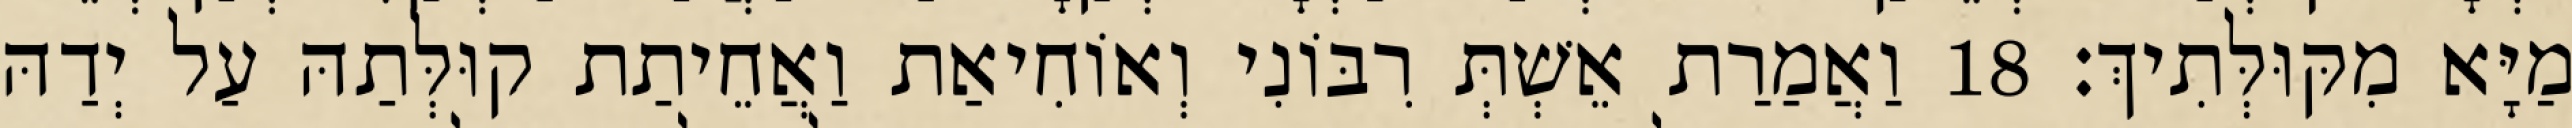
מַיָּא מִקּוּלְּתִיךְ׃ 18 וַאֲמַרַת אֵשְׁתְּ רִבּוֹנִי וְאוֹחִיאַת וַאֲחֵיתַת קוּלְּתַהּ עַל יְדַהּ